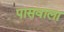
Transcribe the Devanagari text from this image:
पासवाला